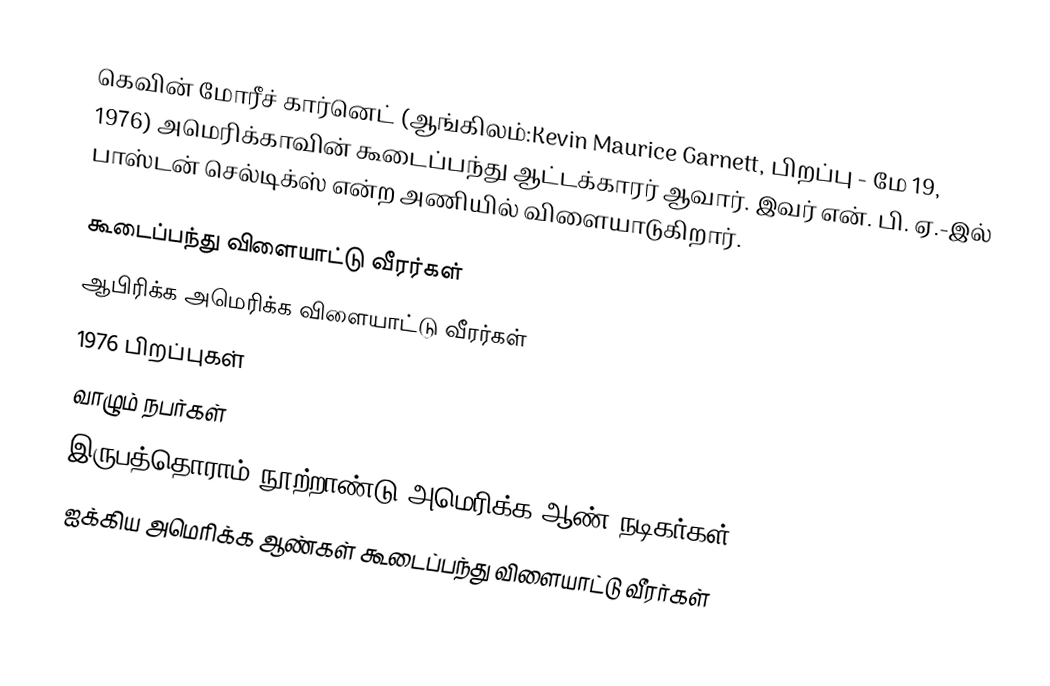
கெவின் மோரீச் கார்னெட் (ஆங்கிலம்:Kevin Maurice Garnett, பிறப்பு - மே 19, 1976) அமெரிக்காவின் கூடைப்பந்து ஆட்டக்காரர் ஆவார். இவர் என். பி. ஏ.-இல் பாஸ்டன் செல்டிக்ஸ் என்ற அணியில் விளையாடுகிறார்.

கூடைப்பந்து விளையாட்டு வீரர்கள்
ஆபிரிக்க அமெரிக்க விளையாட்டு வீரர்கள்
1976 பிறப்புகள்
வாழும் நபர்கள்
இருபத்தொராம் நூற்றாண்டு அமெரிக்க ஆண் நடிகர்கள்
ஐக்கிய அமெரிக்க ஆண்கள் கூடைப்பந்து விளையாட்டு வீரர்கள்